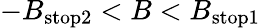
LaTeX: -B_{\mathrm{stop2}}<B<B_{\mathrm{stop1}}